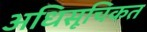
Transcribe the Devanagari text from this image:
अधिसूचिकत